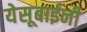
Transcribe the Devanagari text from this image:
येसूबाईनी